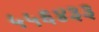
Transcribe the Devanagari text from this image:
५५६४३३